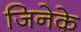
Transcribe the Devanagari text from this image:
जिनेके